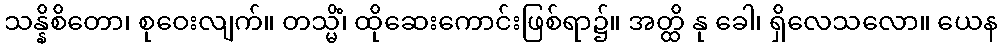
သန္နိစိတော၊ စုဝေးလျက်။ တသ္မိံ၊ ထိုဆေးကောင်းဖြစ်ရာ၌။ အတ္ထိ နု ခေါ၊ ရှိလေသလော။ ယေန